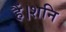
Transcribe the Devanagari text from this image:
हैं।शनि